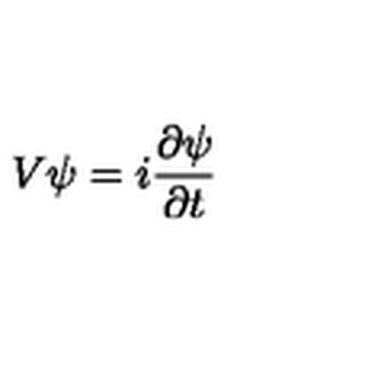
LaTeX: V \psi = i \frac { \partial \psi } { \partial t }